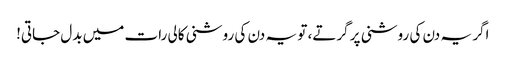
اگر یہ دن کی روشنی پر گرتے، تو یہ دن کی روشنی کالی رات میں بدل جاتی!